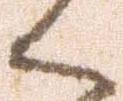
く